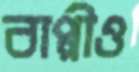
বাপ্পীও